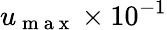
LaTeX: u_{\mathrm{~m~a~x~}}\times 10^{-1}